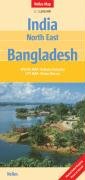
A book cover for India North East, Bangladesh (Nelles Maps); Nelles Maps; Travel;